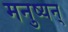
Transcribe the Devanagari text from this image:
मनुष्यन्